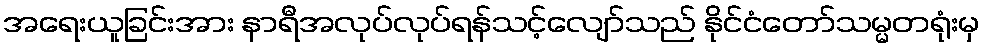
အရေးယူခြင်းအား နာရီအလုပ်လုပ်ရန်သင့်လျော်သည် နိုင်ငံတော်သမ္မတရုံးမှ